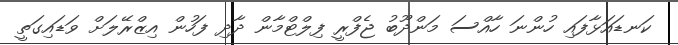
ކަނޑައަޅާފައި ހުންނަ ހާއްސަ މަންދޫބު ޖެފްރީ ފިލްޓްމާން ދާދި ފަހުން އިޒްރޭލަށް ވަޑައިގަތީ